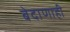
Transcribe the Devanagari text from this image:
बेदाणाही